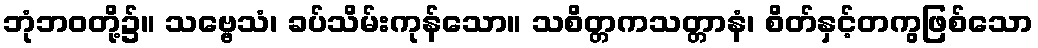
ဘုံဘဝတို့၌။ သဗ္ဗေသံ၊ ခပ်သိမ်းကုန်သော။ သစိတ္တကသတ္တာနံ၊ စိတ်နှင့်တကွဖြစ်သော